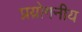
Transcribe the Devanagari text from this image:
प्रय़ोगनीय